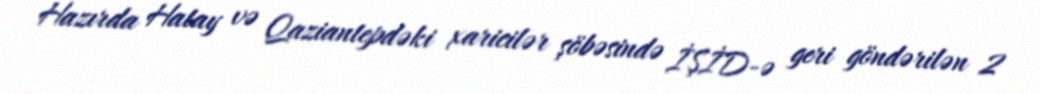
Hazırda Hatay və Qaziantepdəki xaricilər şöbəsində İŞİD-ə geri göndərilən 2